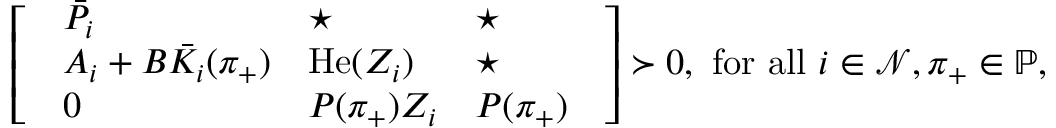
\left[ \begin{array} { l } { \begin{array} { l l l } { \bar { P } _ { i } } & { \star } & { \star } \\ { A _ { i } + B \bar { K } _ { i } ( \pi _ { + } ) } & { \operatorname { H e } ( Z _ { i } ) } & { \star } \\ { 0 } & { P ( \pi _ { + } ) Z _ { i } } & { P ( \pi _ { + } ) } \end{array} } \end{array} \right] \succ 0 , \mathrm { ~ f o r ~ a l l ~ } i \in \mathcal { N } , \pi _ { + } \in \mathbb { P } ,